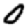
Digit: 0